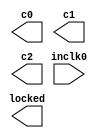
// megafunction wizard: %ALTPLL%VBB%
// GENERATION: STANDARD
// VERSION: WM1.0
// MODULE: altpll 

// ============================================================
// Megafunction Name(s):
// 			altpll
//
// Simulation Library Files(s):
// 			altera_mf
// ============================================================
// ************************************************************
// THIS IS A WIZARD-GENERATED FILE. DO NOT EDIT THIS FILE!
//
// 12.1 Build 177 11/07/2012 SJ Full Version
// ************************************************************

//Copyright (C) 1991-2012 Altera Corporation
//Your use of Altera Corporation's design tools, logic functions 
//and other software and tools, and its AMPP partner logic 
//functions, and any output files from any of the foregoing 
//(including device programming or simulation files), and any 
//associated documentation or information are expressly subject 
//to the terms and conditions of the Altera Program License 
//Subscription Agreement, Altera MegaCore Function License 
//Agreement, or other applicable license agreement, including, 
//without limitation, that your use is for the sole purpose of 
//programming logic devices manufactured by Altera and sold by 
//Altera or its authorized distributors.  Please refer to the 
//applicable agreement for further details.

module ALTPLL_clkgen (
	inclk0,
	c0,
	c1,
	c2,
	locked);

	input	  inclk0;
	output	  c0;
	output	  c1;
	output	  c2;
	output	  locked;

endmodule

// ============================================================
// CNX file retrieval info
// ============================================================
// Retrieval info: PRIVATE: ACTIVECLK_CHECK STRING "0"
// Retrieval info: PRIVATE: BANDWIDTH STRING "1.000"
// Retrieval info: PRIVATE: BANDWIDTH_FEATURE_ENABLED STRING "0"
// Retrieval info: PRIVATE: BANDWIDTH_FREQ_UNIT STRING "MHz"
// Retrieval info: PRIVATE: BANDWIDTH_PRESET STRING "Low"
// Retrieval info: PRIVATE: BANDWIDTH_USE_AUTO STRING "1"
// Retrieval info: PRIVATE: BANDWIDTH_USE_CUSTOM STRING "0"
// Retrieval info: PRIVATE: BANDWIDTH_USE_PRESET STRING "0"
// Retrieval info: PRIVATE: CLKBAD_SWITCHOVER_CHECK STRING "0"
// Retrieval info: PRIVATE: CLKLOSS_CHECK STRING "0"
// Retrieval info: PRIVATE: CLKSWITCH_CHECK STRING "1"
// Retrieval info: PRIVATE: CNX_NO_COMPENSATE_RADIO STRING "0"
// Retrieval info: PRIVATE: CREATE_CLKBAD_CHECK STRING "0"
// Retrieval info: PRIVATE: CREATE_INCLK1_CHECK STRING "0"
// Retrieval info: PRIVATE: CUR_DEDICATED_CLK STRING "c0"
// Retrieval info: PRIVATE: CUR_FBIN_CLK STRING "e0"
// Retrieval info: PRIVATE: DEVICE_SPEED_GRADE STRING "6"
// Retrieval info: PRIVATE: DIV_FACTOR0 NUMERIC "5"
// Retrieval info: PRIVATE: DIV_FACTOR1 NUMERIC "1"
// Retrieval info: PRIVATE: DIV_FACTOR2 NUMERIC "1"
// Retrieval info: PRIVATE: DUTY_CYCLE0 STRING "50.00000000"
// Retrieval info: PRIVATE: DUTY_CYCLE1 STRING "50.00000000"
// Retrieval info: PRIVATE: DUTY_CYCLE2 STRING "50.00000000"
// Retrieval info: PRIVATE: EFF_OUTPUT_FREQ_VALUE0 STRING "10.000000"
// Retrieval info: PRIVATE: EFF_OUTPUT_FREQ_VALUE1 STRING "10.000000"
// Retrieval info: PRIVATE: EFF_OUTPUT_FREQ_VALUE2 STRING "10.000000"
// Retrieval info: PRIVATE: EXPLICIT_SWITCHOVER_COUNTER STRING "0"
// Retrieval info: PRIVATE: EXT_FEEDBACK_RADIO STRING "0"
// Retrieval info: PRIVATE: GLOCKED_COUNTER_EDIT_CHANGED STRING "1"
// Retrieval info: PRIVATE: GLOCKED_FEATURE_ENABLED STRING "1"
// Retrieval info: PRIVATE: GLOCKED_MODE_CHECK STRING "0"
// Retrieval info: PRIVATE: GLOCK_COUNTER_EDIT NUMERIC "1048575"
// Retrieval info: PRIVATE: HAS_MANUAL_SWITCHOVER STRING "1"
// Retrieval info: PRIVATE: INCLK0_FREQ_EDIT STRING "50.000"
// Retrieval info: PRIVATE: INCLK0_FREQ_UNIT_COMBO STRING "MHz"
// Retrieval info: PRIVATE: INCLK1_FREQ_EDIT STRING "100.000"
// Retrieval info: PRIVATE: INCLK1_FREQ_EDIT_CHANGED STRING "1"
// Retrieval info: PRIVATE: INCLK1_FREQ_UNIT_CHANGED STRING "1"
// Retrieval info: PRIVATE: INCLK1_FREQ_UNIT_COMBO STRING "MHz"
// Retrieval info: PRIVATE: INTENDED_DEVICE_FAMILY STRING "Cyclone II"
// Retrieval info: PRIVATE: INT_FEEDBACK__MODE_RADIO STRING "1"
// Retrieval info: PRIVATE: LOCKED_OUTPUT_CHECK STRING "1"
// Retrieval info: PRIVATE: LONG_SCAN_RADIO STRING "1"
// Retrieval info: PRIVATE: LVDS_MODE_DATA_RATE STRING "Not Available"
// Retrieval info: PRIVATE: LVDS_MODE_DATA_RATE_DIRTY NUMERIC "0"
// Retrieval info: PRIVATE: LVDS_PHASE_SHIFT_UNIT0 STRING "deg"
// Retrieval info: PRIVATE: LVDS_PHASE_SHIFT_UNIT1 STRING "deg"
// Retrieval info: PRIVATE: LVDS_PHASE_SHIFT_UNIT2 STRING "ps"
// Retrieval info: PRIVATE: MIG_DEVICE_SPEED_GRADE STRING "Any"
// Retrieval info: PRIVATE: MIRROR_CLK0 STRING "0"
// Retrieval info: PRIVATE: MIRROR_CLK1 STRING "0"
// Retrieval info: PRIVATE: MIRROR_CLK2 STRING "0"
// Retrieval info: PRIVATE: MULT_FACTOR0 NUMERIC "1"
// Retrieval info: PRIVATE: MULT_FACTOR1 NUMERIC "1"
// Retrieval info: PRIVATE: MULT_FACTOR2 NUMERIC "1"
// Retrieval info: PRIVATE: NORMAL_MODE_RADIO STRING "1"
// Retrieval info: PRIVATE: OUTPUT_FREQ0 STRING "10.00000000"
// Retrieval info: PRIVATE: OUTPUT_FREQ1 STRING "10.00000000"
// Retrieval info: PRIVATE: OUTPUT_FREQ2 STRING "10.00000000"
// Retrieval info: PRIVATE: OUTPUT_FREQ_MODE0 STRING "1"
// Retrieval info: PRIVATE: OUTPUT_FREQ_MODE1 STRING "1"
// Retrieval info: PRIVATE: OUTPUT_FREQ_MODE2 STRING "1"
// Retrieval info: PRIVATE: OUTPUT_FREQ_UNIT0 STRING "MHz"
// Retrieval info: PRIVATE: OUTPUT_FREQ_UNIT1 STRING "MHz"
// Retrieval info: PRIVATE: OUTPUT_FREQ_UNIT2 STRING "MHz"
// Retrieval info: PRIVATE: PHASE_RECONFIG_FEATURE_ENABLED STRING "0"
// Retrieval info: PRIVATE: PHASE_RECONFIG_INPUTS_CHECK STRING "0"
// Retrieval info: PRIVATE: PHASE_SHIFT0 STRING "0.00000000"
// Retrieval info: PRIVATE: PHASE_SHIFT1 STRING "90.00000000"
// Retrieval info: PRIVATE: PHASE_SHIFT2 STRING "180.00000000"
// Retrieval info: PRIVATE: PHASE_SHIFT_STEP_ENABLED_CHECK STRING "0"
// Retrieval info: PRIVATE: PHASE_SHIFT_UNIT0 STRING "deg"
// Retrieval info: PRIVATE: PHASE_SHIFT_UNIT1 STRING "deg"
// Retrieval info: PRIVATE: PHASE_SHIFT_UNIT2 STRING "deg"
// Retrieval info: PRIVATE: PLL_ADVANCED_PARAM_CHECK STRING "0"
// Retrieval info: PRIVATE: PLL_ARESET_CHECK STRING "0"
// Retrieval info: PRIVATE: PLL_AUTOPLL_CHECK NUMERIC "1"
// Retrieval info: PRIVATE: PLL_ENA_CHECK STRING "0"
// Retrieval info: PRIVATE: PLL_ENHPLL_CHECK NUMERIC "0"
// Retrieval info: PRIVATE: PLL_FASTPLL_CHECK NUMERIC "0"
// Retrieval info: PRIVATE: PLL_FBMIMIC_CHECK STRING "0"
// Retrieval info: PRIVATE: PLL_LVDS_PLL_CHECK NUMERIC "0"
// Retrieval info: PRIVATE: PLL_PFDENA_CHECK STRING "0"
// Retrieval info: PRIVATE: PLL_TARGET_HARCOPY_CHECK NUMERIC "0"
// Retrieval info: PRIVATE: PRIMARY_CLK_COMBO STRING "inclk0"
// Retrieval info: PRIVATE: RECONFIG_FILE STRING "ALTPLL_clkgen.mif"
// Retrieval info: PRIVATE: SACN_INPUTS_CHECK STRING "0"
// Retrieval info: PRIVATE: SCAN_FEATURE_ENABLED STRING "0"
// Retrieval info: PRIVATE: SELF_RESET_LOCK_LOSS STRING "0"
// Retrieval info: PRIVATE: SHORT_SCAN_RADIO STRING "0"
// Retrieval info: PRIVATE: SPREAD_FEATURE_ENABLED STRING "0"
// Retrieval info: PRIVATE: SPREAD_FREQ STRING "50.000"
// Retrieval info: PRIVATE: SPREAD_FREQ_UNIT STRING "KHz"
// Retrieval info: PRIVATE: SPREAD_PERCENT STRING "0.500"
// Retrieval info: PRIVATE: SPREAD_USE STRING "0"
// Retrieval info: PRIVATE: SRC_SYNCH_COMP_RADIO STRING "0"
// Retrieval info: PRIVATE: STICKY_CLK0 STRING "1"
// Retrieval info: PRIVATE: STICKY_CLK1 STRING "1"
// Retrieval info: PRIVATE: STICKY_CLK2 STRING "1"
// Retrieval info: PRIVATE: SWITCHOVER_COUNT_EDIT NUMERIC "1"
// Retrieval info: PRIVATE: SWITCHOVER_FEATURE_ENABLED STRING "1"
// Retrieval info: PRIVATE: SYNTH_WRAPPER_GEN_POSTFIX STRING "0"
// Retrieval info: PRIVATE: USE_CLK0 STRING "1"
// Retrieval info: PRIVATE: USE_CLK1 STRING "1"
// Retrieval info: PRIVATE: USE_CLK2 STRING "1"
// Retrieval info: PRIVATE: USE_CLKENA0 STRING "0"
// Retrieval info: PRIVATE: USE_CLKENA1 STRING "0"
// Retrieval info: PRIVATE: USE_CLKENA2 STRING "0"
// Retrieval info: PRIVATE: USE_MIL_SPEED_GRADE NUMERIC "0"
// Retrieval info: PRIVATE: ZERO_DELAY_RADIO STRING "0"
// Retrieval info: LIBRARY: altera_mf altera_mf.altera_mf_components.all
// Retrieval info: CONSTANT: CLK0_DIVIDE_BY NUMERIC "5"
// Retrieval info: CONSTANT: CLK0_DUTY_CYCLE NUMERIC "50"
// Retrieval info: CONSTANT: CLK0_MULTIPLY_BY NUMERIC "1"
// Retrieval info: CONSTANT: CLK0_PHASE_SHIFT STRING "0"
// Retrieval info: CONSTANT: CLK1_DIVIDE_BY NUMERIC "5"
// Retrieval info: CONSTANT: CLK1_DUTY_CYCLE NUMERIC "50"
// Retrieval info: CONSTANT: CLK1_MULTIPLY_BY NUMERIC "1"
// Retrieval info: CONSTANT: CLK1_PHASE_SHIFT STRING "25000"
// Retrieval info: CONSTANT: CLK2_DIVIDE_BY NUMERIC "5"
// Retrieval info: CONSTANT: CLK2_DUTY_CYCLE NUMERIC "50"
// Retrieval info: CONSTANT: CLK2_MULTIPLY_BY NUMERIC "1"
// Retrieval info: CONSTANT: CLK2_PHASE_SHIFT STRING "50000"
// Retrieval info: CONSTANT: COMPENSATE_CLOCK STRING "CLK0"
// Retrieval info: CONSTANT: GATE_LOCK_SIGNAL STRING "NO"
// Retrieval info: CONSTANT: INCLK0_INPUT_FREQUENCY NUMERIC "20000"
// Retrieval info: CONSTANT: INTENDED_DEVICE_FAMILY STRING "Cyclone II"
// Retrieval info: CONSTANT: INVALID_LOCK_MULTIPLIER NUMERIC "5"
// Retrieval info: CONSTANT: LPM_TYPE STRING "altpll"
// Retrieval info: CONSTANT: OPERATION_MODE STRING "NORMAL"
// Retrieval info: CONSTANT: PORT_ACTIVECLOCK STRING "PORT_UNUSED"
// Retrieval info: CONSTANT: PORT_ARESET STRING "PORT_UNUSED"
// Retrieval info: CONSTANT: PORT_CLKBAD0 STRING "PORT_UNUSED"
// Retrieval info: CONSTANT: PORT_CLKBAD1 STRING "PORT_UNUSED"
// Retrieval info: CONSTANT: PORT_CLKLOSS STRING "PORT_UNUSED"
// Retrieval info: CONSTANT: PORT_CLKSWITCH STRING "PORT_UNUSED"
// Retrieval info: CONSTANT: PORT_CONFIGUPDATE STRING "PORT_UNUSED"
// Retrieval info: CONSTANT: PORT_FBIN STRING "PORT_UNUSED"
// Retrieval info: CONSTANT: PORT_INCLK0 STRING "PORT_USED"
// Retrieval info: CONSTANT: PORT_INCLK1 STRING "PORT_UNUSED"
// Retrieval info: CONSTANT: PORT_LOCKED STRING "PORT_USED"
// Retrieval info: CONSTANT: PORT_PFDENA STRING "PORT_UNUSED"
// Retrieval info: CONSTANT: PORT_PHASECOUNTERSELECT STRING "PORT_UNUSED"
// Retrieval info: CONSTANT: PORT_PHASEDONE STRING "PORT_UNUSED"
// Retrieval info: CONSTANT: PORT_PHASESTEP STRING "PORT_UNUSED"
// Retrieval info: CONSTANT: PORT_PHASEUPDOWN STRING "PORT_UNUSED"
// Retrieval info: CONSTANT: PORT_PLLENA STRING "PORT_UNUSED"
// Retrieval info: CONSTANT: PORT_SCANACLR STRING "PORT_UNUSED"
// Retrieval info: CONSTANT: PORT_SCANCLK STRING "PORT_UNUSED"
// Retrieval info: CONSTANT: PORT_SCANCLKENA STRING "PORT_UNUSED"
// Retrieval info: CONSTANT: PORT_SCANDATA STRING "PORT_UNUSED"
// Retrieval info: CONSTANT: PORT_SCANDATAOUT STRING "PORT_UNUSED"
// Retrieval info: CONSTANT: PORT_SCANDONE STRING "PORT_UNUSED"
// Retrieval info: CONSTANT: PORT_SCANREAD STRING "PORT_UNUSED"
// Retrieval info: CONSTANT: PORT_SCANWRITE STRING "PORT_UNUSED"
// Retrieval info: CONSTANT: PORT_clk0 STRING "PORT_USED"
// Retrieval info: CONSTANT: PORT_clk1 STRING "PORT_USED"
// Retrieval info: CONSTANT: PORT_clk2 STRING "PORT_USED"
// Retrieval info: CONSTANT: PORT_clk3 STRING "PORT_UNUSED"
// Retrieval info: CONSTANT: PORT_clk4 STRING "PORT_UNUSED"
// Retrieval info: CONSTANT: PORT_clk5 STRING "PORT_UNUSED"
// Retrieval info: CONSTANT: PORT_clkena0 STRING "PORT_UNUSED"
// Retrieval info: CONSTANT: PORT_clkena1 STRING "PORT_UNUSED"
// Retrieval info: CONSTANT: PORT_clkena2 STRING "PORT_UNUSED"
// Retrieval info: CONSTANT: PORT_clkena3 STRING "PORT_UNUSED"
// Retrieval info: CONSTANT: PORT_clkena4 STRING "PORT_UNUSED"
// Retrieval info: CONSTANT: PORT_clkena5 STRING "PORT_UNUSED"
// Retrieval info: CONSTANT: PORT_extclk0 STRING "PORT_UNUSED"
// Retrieval info: CONSTANT: PORT_extclk1 STRING "PORT_UNUSED"
// Retrieval info: CONSTANT: PORT_extclk2 STRING "PORT_UNUSED"
// Retrieval info: CONSTANT: PORT_extclk3 STRING "PORT_UNUSED"
// Retrieval info: CONSTANT: VALID_LOCK_MULTIPLIER NUMERIC "1"
// Retrieval info: USED_PORT: @clk 0 0 6 0 OUTPUT_CLK_EXT VCC "@clk[5..0]"
// Retrieval info: USED_PORT: @extclk 0 0 4 0 OUTPUT_CLK_EXT VCC "@extclk[3..0]"
// Retrieval info: USED_PORT: c0 0 0 0 0 OUTPUT_CLK_EXT VCC "c0"
// Retrieval info: USED_PORT: c1 0 0 0 0 OUTPUT_CLK_EXT VCC "c1"
// Retrieval info: USED_PORT: c2 0 0 0 0 OUTPUT_CLK_EXT VCC "c2"
// Retrieval info: USED_PORT: inclk0 0 0 0 0 INPUT_CLK_EXT GND "inclk0"
// Retrieval info: USED_PORT: locked 0 0 0 0 OUTPUT GND "locked"
// Retrieval info: CONNECT: @inclk 0 0 1 1 GND 0 0 0 0
// Retrieval info: CONNECT: @inclk 0 0 1 0 inclk0 0 0 0 0
// Retrieval info: CONNECT: c0 0 0 0 0 @clk 0 0 1 0
// Retrieval info: CONNECT: c1 0 0 0 0 @clk 0 0 1 1
// Retrieval info: CONNECT: c2 0 0 0 0 @clk 0 0 1 2
// Retrieval info: CONNECT: locked 0 0 0 0 @locked 0 0 0 0
// Retrieval info: GEN_FILE: TYPE_NORMAL ALTPLL_clkgen.v TRUE
// Retrieval info: GEN_FILE: TYPE_NORMAL ALTPLL_clkgen.ppf TRUE
// Retrieval info: GEN_FILE: TYPE_NORMAL ALTPLL_clkgen.inc TRUE
// Retrieval info: GEN_FILE: TYPE_NORMAL ALTPLL_clkgen.cmp TRUE
// Retrieval info: GEN_FILE: TYPE_NORMAL ALTPLL_clkgen.bsf TRUE
// Retrieval info: GEN_FILE: TYPE_NORMAL ALTPLL_clkgen_inst.v TRUE
// Retrieval info: GEN_FILE: TYPE_NORMAL ALTPLL_clkgen_bb.v TRUE
// Retrieval info: LIB_FILE: altera_mf
// Retrieval info: CBX_MODULE_PREFIX: ON